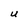
Character: U